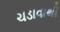
ચડાવાથી